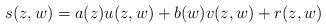
LaTeX: \begin{align*}s(z,w) = a(z)u(z,w) + b(w)v(z,w) + r(z,w) \end{align*}